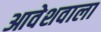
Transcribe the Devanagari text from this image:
आवेशवाला